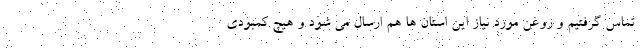
تماس گرفتیم و روغن مورد نیاز این استان ها هم ارسال می شود و هیچ کمبودی